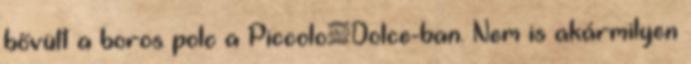
bővült a boros polc a Piccolo&Dolce-ban. Nem is akármilyen